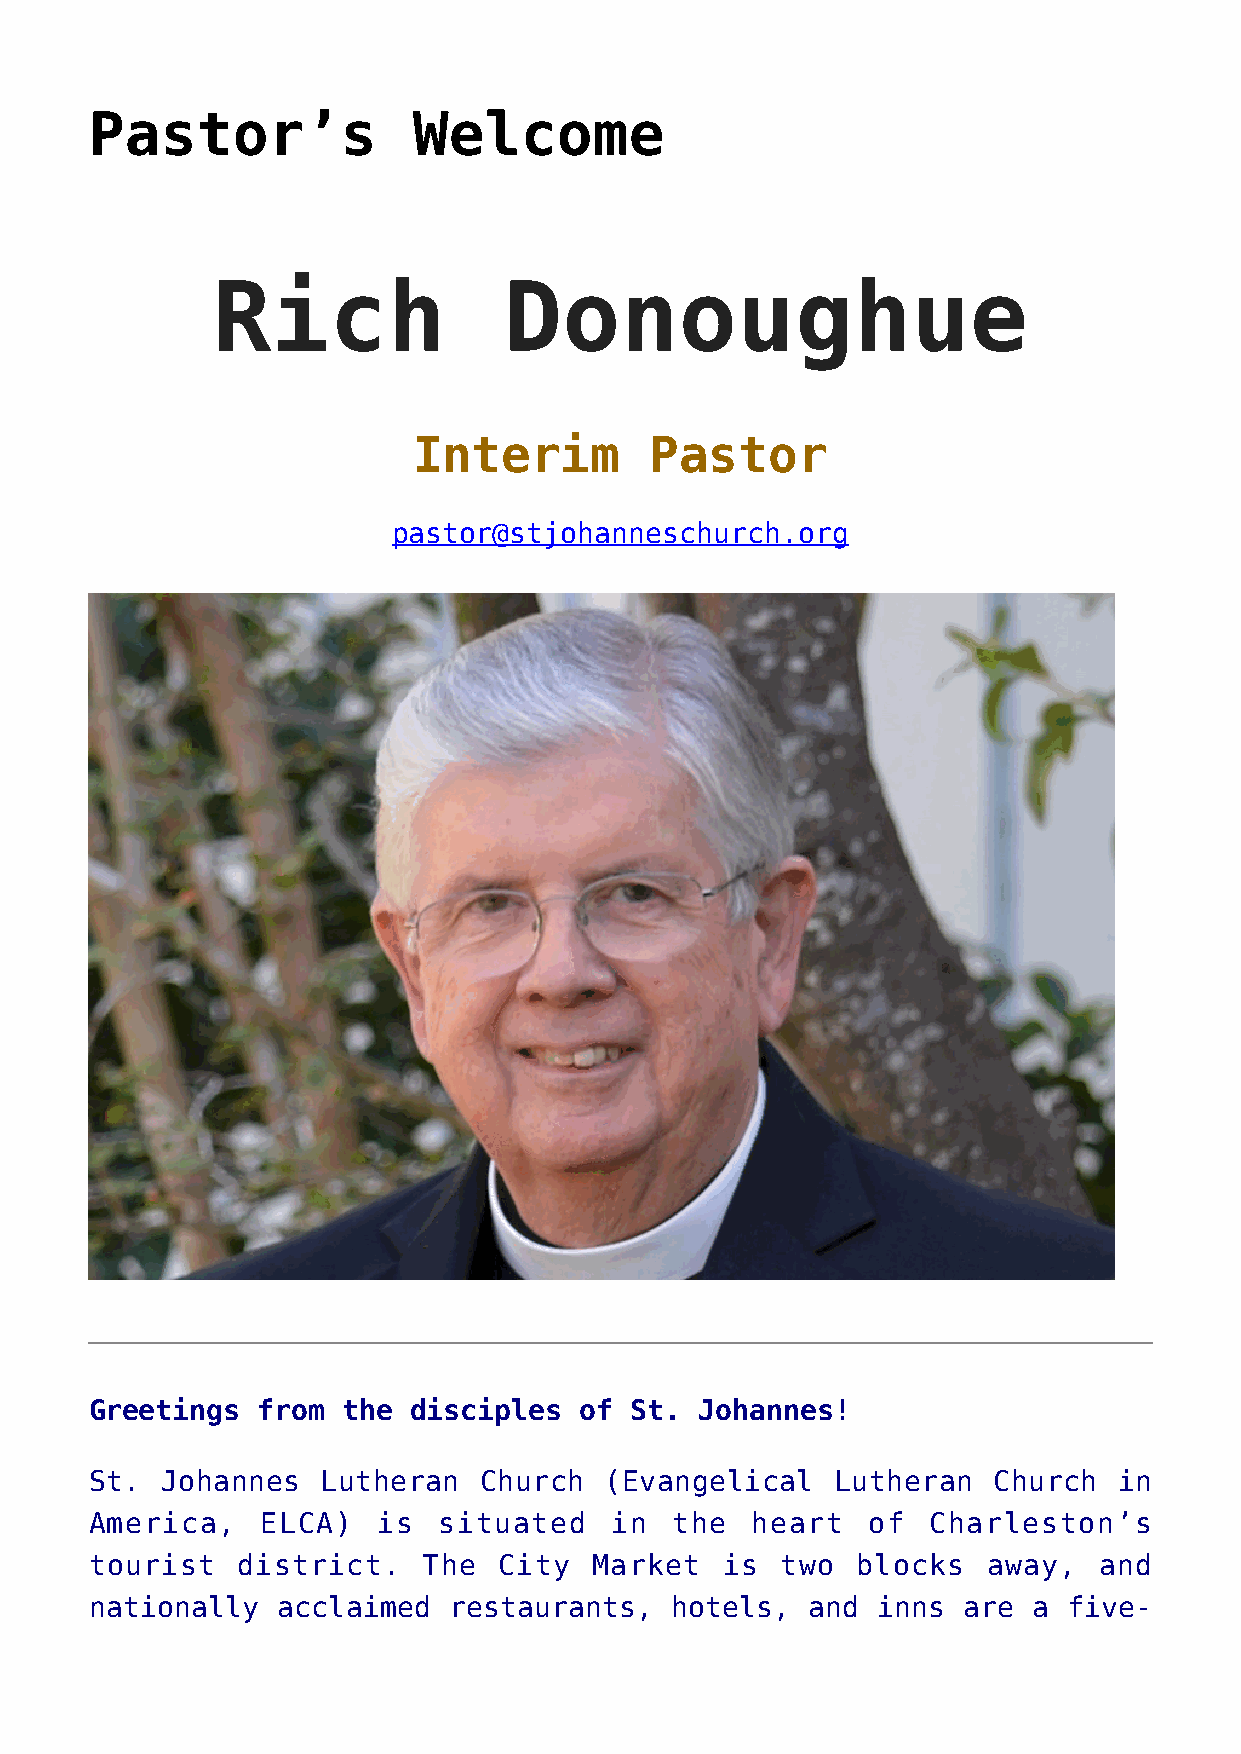
Pastor’s             Welcome
 Rich               Donoughue
 Interim         Pastor
 pastor@stjohanneschurch.org
 Greetings  from  the disciples  of  St. Johannes!
 St.  Johannes  Lutheran   Church  (Evangelical   Lutheran   Church  in
 America,   ELCA)   is  situated   in   the  heart   of  Charleston’s
 tourist   district.   The  City  Market   is  two  blocks  away,   and
 nationally  acclaimed   restaurants,  hotels,  and  inns  are a  five-